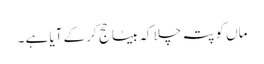
ماں کو پتہ چلا کہ بیٹا حج کر کے آیا ہے ۔